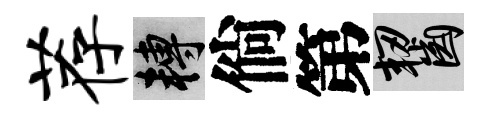
荐轉倘第齧